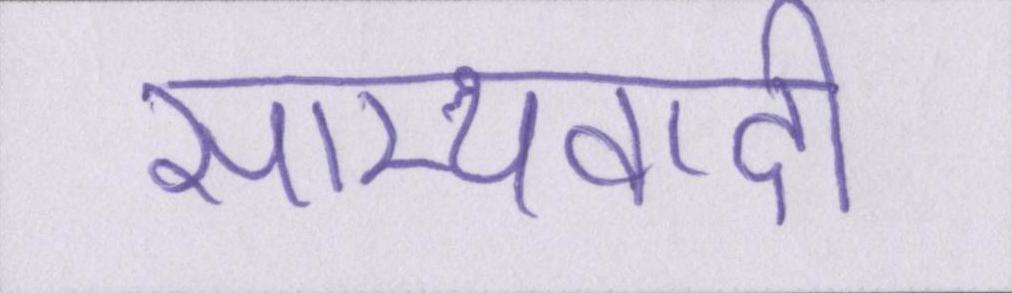
साम्यवादी